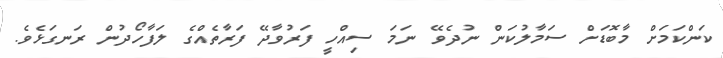
ކަންކަމަށް މާބޮޑަށް ސަމާލުކަން ނުދެވޭ ނަމަ ސިއްހީ ފަރުވާދޭ ފަރާތެއްގެ ލަފާހޯދުން ރަނގަޅެވެ.